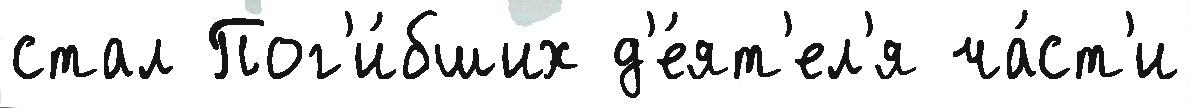
стал Пог'и́бших д'е́ят'ел'я ча́ст'и